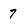
Character: 7